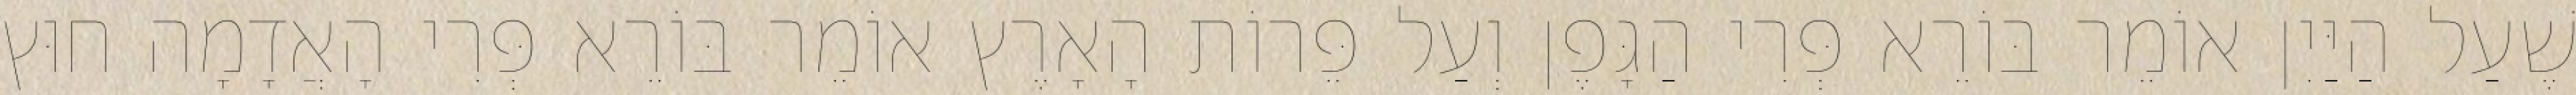
שֶׁעַל הַיַּיִן אוֹמֵר בּוֹרֵא פְּרִי הַגָּפֶן וְעַל פֵּרוֹת הָאָרֶץ אוֹמֵר בּוֹרֵא פְּרִי הָאֲדָמָה חוּץ